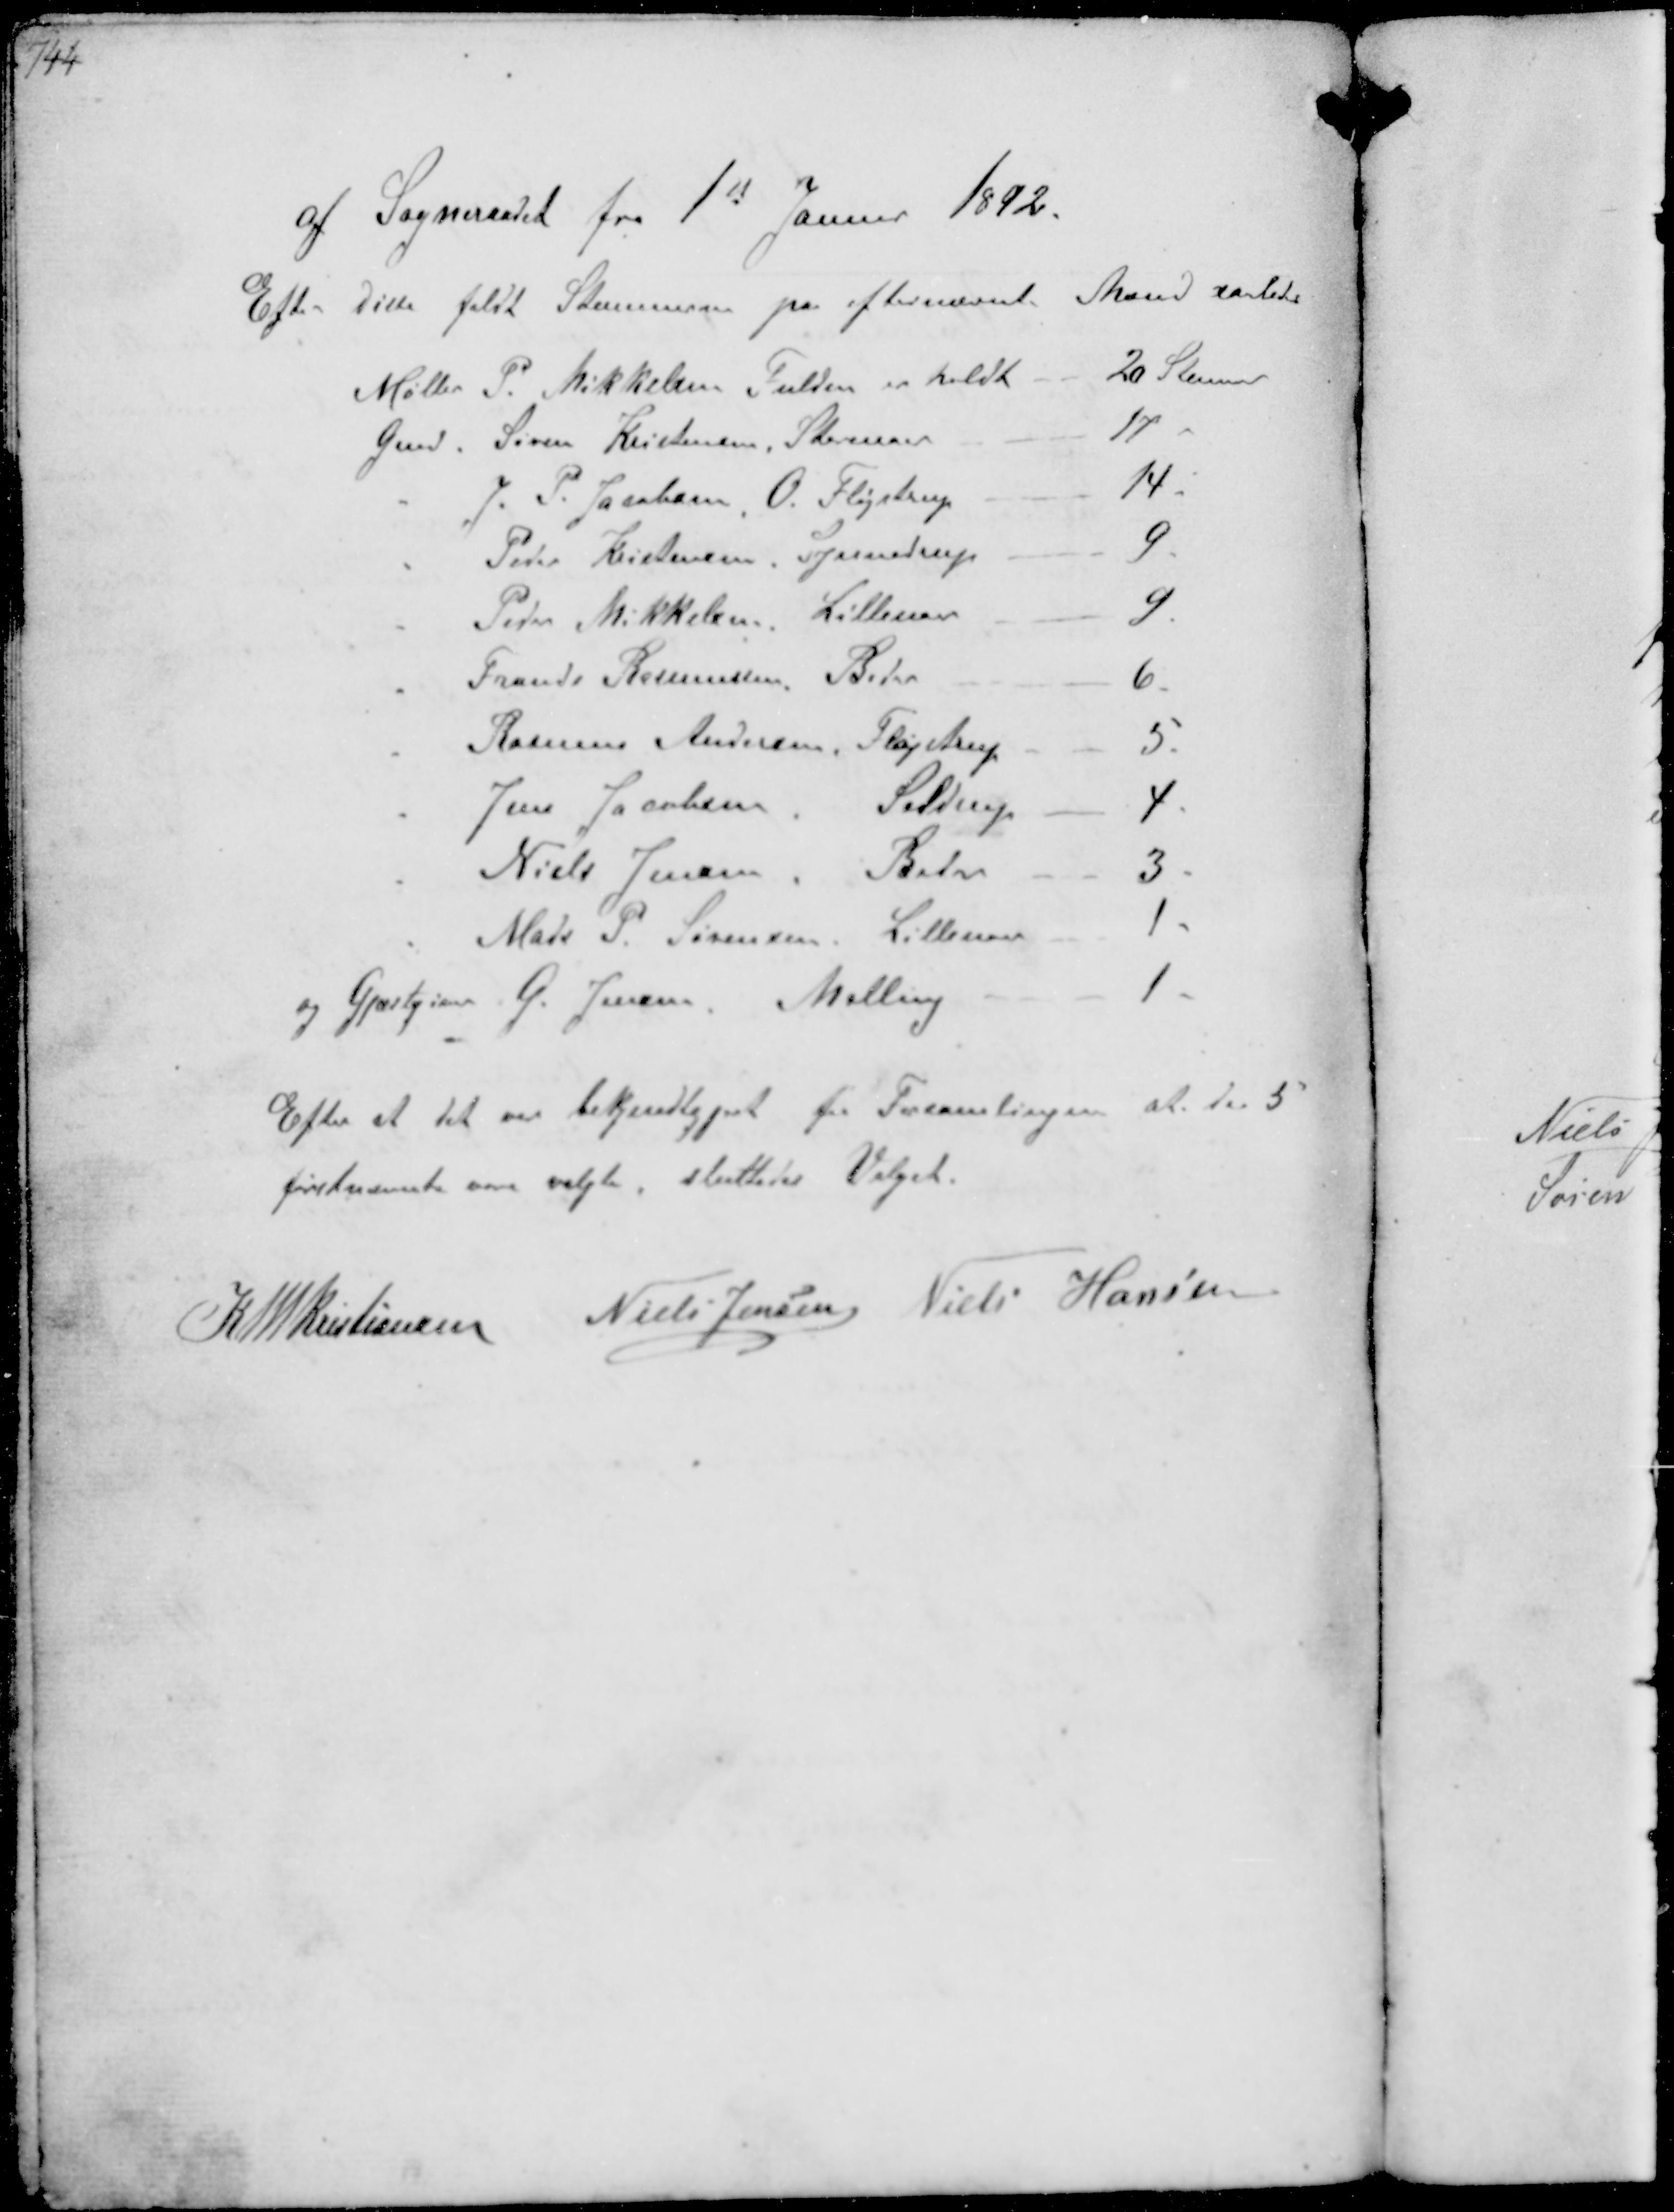
Transskription:
af Sogneraadet fra 1st Januar 1892.
Efter disse faldt Stemmerne pa efternævnte Mænd saaledes
Møller P. Mikkelsen Fulden erholdt
20 Stemmer
Gmd. Søren Kristensen, Storenor
17
" P. Jacobsen O. Klystrup
14.
" Peder Kristensen Synnedrup
9
" Peder Mikkelsen Lillenor
9
" Frands Rasmussen Beder
6
" Rasmus Andersen, Fløjstrup
5
" Jens Jacobsen. Seldrup
4
" Niels Jensen. Beder
3
" Mads P. Sørensen Lillenor
1
og Gjæstgiver G. Jensen Malling
1
Efter at det var bekjendtgjort for Forsamlingen at de 5
førstnævnte var valgte, sluttedes Valget.

K N M Kristiansen Niels Jensen Niels Hansen